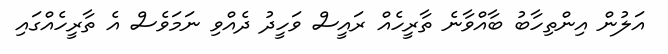
އަލުން އިންތިހާބު ބާއްވާނެ ތާރީހެއް ރައީސް ވަހީދު ދެއްވި ނަމަވެސް އެ ތާރީހެއްގައި